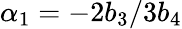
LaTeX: \alpha_{1}=-2b_{3}/3b_{4}